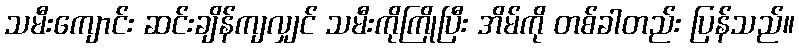
သမီးကျောင်း ဆင်းချိန်ကျလျှင် သမီးကိုကြိုပြီး အိမ်ကို တစ်ခါတည်း ပြန်သည်။